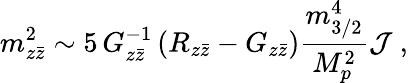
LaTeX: m_{z{\bar{z}}}^{2}\sim 5\, G_{z{\bar{z}}}^{-1}\left(R_{z{\bar{z}}}-G_{z{\bar{z}}}\right){\frac{m_{3/2}^{4}}{M_{p}^{2}}}{\cal J}\ ,